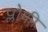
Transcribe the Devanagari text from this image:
प्लोफी